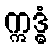
ဣဒ္ဓံ